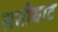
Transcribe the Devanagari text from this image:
सतीघाट